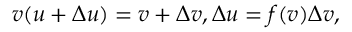
v ( u + \Delta u ) = v + \Delta v , \Delta u = f ( v ) \Delta v ,